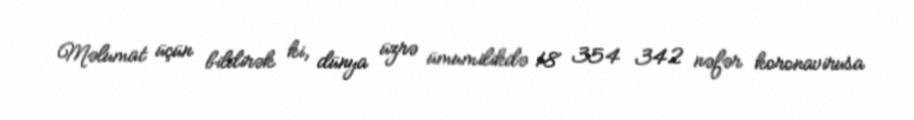
Məlumat üçün bildirək ki, dünya üzrə ümumilikdə 18 354 342 nəfər koronavirusa